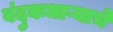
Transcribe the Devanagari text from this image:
बंदुकधाऱ्याचे